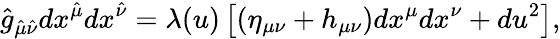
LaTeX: \hat{g}_{\hat{\mu}\hat{\nu}}dx^{\hat{\mu}}dx^{\hat{\nu}}=\lambda(u)\left[\left(\eta_{\mu\nu}+h_{\mu\nu}\right)dx^{\mu}dx^{\nu}+du^{2}\right],